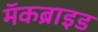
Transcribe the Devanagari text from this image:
मॅकब्राइड